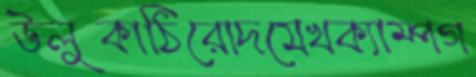
উলুকাঠিরোদমেখক্যাম্পগ